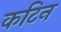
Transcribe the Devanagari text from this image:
कटिन